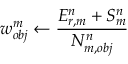
w _ { o b j } ^ { m } \leftarrow \frac { E _ { r , m } ^ { n } + S _ { m } ^ { n } } { N _ { m , o b j } ^ { n } }